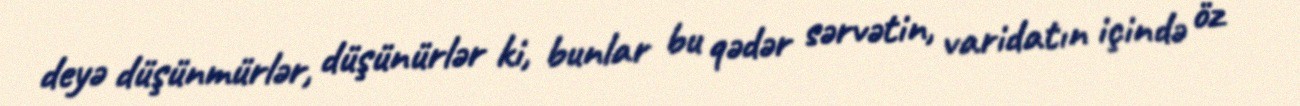
deyə düşünmürlər, düşünürlər ki, bunlar bu qədər sərvətin, varidatın içində öz